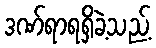
ဒဏ်ရာရရှိခဲ့သည့်